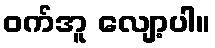
ဝက်အူ လျော့ပါ။